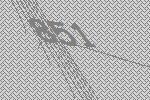
851